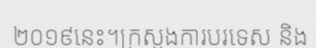
២០១៩នេះ។ក្រសួងការបរទេស និង